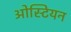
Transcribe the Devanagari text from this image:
ओस्टियन